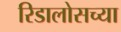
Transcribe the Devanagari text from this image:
रिडालोसच्या